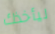
ليأخذك